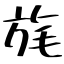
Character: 旄